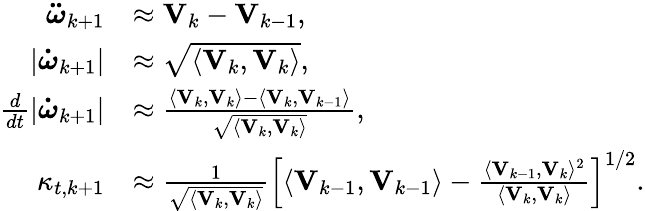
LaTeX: \begin{array}{rl}{\boldsymbol{\ddot{\omega}}_{k+1}}&{\approx\mathbf{V}_{k}-\mathbf{V}_{k-1},}\\ {|\boldsymbol{\dot{\omega}}_{k+1}|}&{\approx\sqrt{\langle\mathbf{V}_{k},\mathbf{V}_{k}\rangle},}\\ {\frac{d}{dt}|\boldsymbol{\dot{\omega}}_{k+1}|}&{\approx\frac{\langle\mathbf{V}_{k},\mathbf{V}_{k}\rangle-\langle\mathbf{V}_{k},\mathbf{V}_{k-1}\rangle}{\sqrt{\langle\mathbf{V}_{k},\mathbf{V}_{k}\rangle}},}\\ {\kappa_{t,k+1}}&{\approx\frac{1}{\sqrt{\langle\mathbf{V}_{k},\mathbf{V}_{k}\rangle}}\left[\langle\mathbf{V}_{k-1},\mathbf{V}_{k-1}\rangle-\frac{\langle\mathbf{V}_{k-1},\mathbf{V}_{k}\rangle^{2}}{\langle\mathbf{V}_{k},\mathbf{V}_{k}\rangle}\right]^{1/2}.}\end{array}